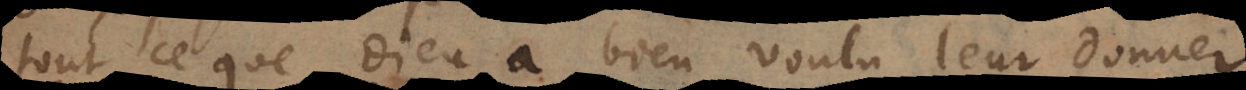
tout ce que Dieu a bien voulu leur donner.